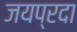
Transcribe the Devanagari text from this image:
जयप्रदा